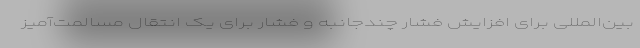
بین‌المللی برای افزایش فشار چندجانبه و فشار برای یک انتقال مسالمت‌آمیز